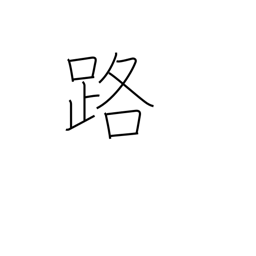
Meaning: path